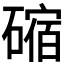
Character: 𥕯